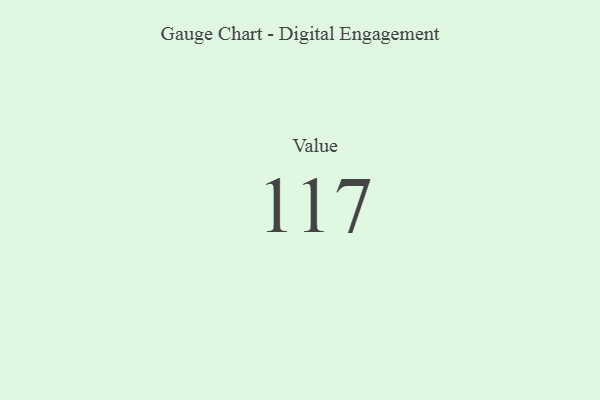
{"axis": {"x": "Metric", "y": "Value"}, "legend": [""], "data": [{"x": "Value", "y": 117, "type": ""}]}